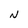
Character: N